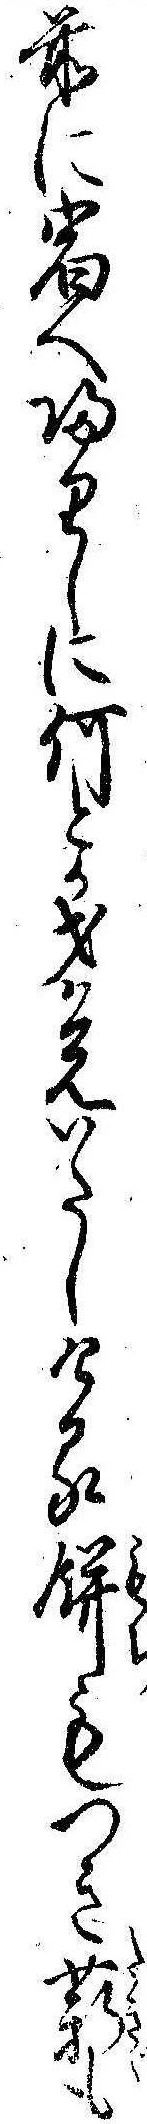
前に宿へ帰りしに何とか才覚いたしける餅もつき薪も